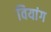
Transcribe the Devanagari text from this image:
वियांग